Civil Veterinary Department. Madras. Admin. report 1926-33 - 1926-1933
Year: 1926
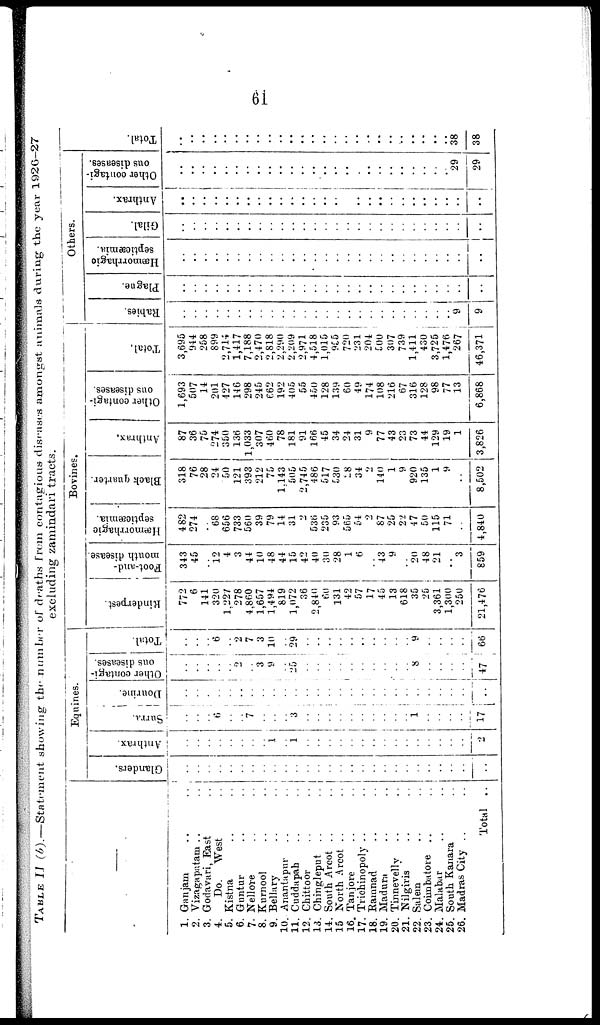
61
TABLE
II (b).—Statement showing the number of deaths from contagious diseases amongst animals during the year 1926—27
excluding zamindari tracts.
—
1. Gunjam .. ..
2. Vizagapsitam .. ..
3. Godavari, East ..
4.
Do. West
5. Kistna ..
6. Guntur .. ..
7. Nellore .. ..
8. Kurnool .. ..
9. Bellary .. ..
10. Anantapur .. ..
11. Cuddapah .. ..
12. Chittoor .. ..
13. Chingleput .. ..
14. South Arcot .. ..
15 North Arcot .. ..
16. Tanjore .. ..
17. Trichinopoly .. ..
18. Ramnad .. ..
19. Madura
20. Tinnevelly .. ..
21. Nilgiris .. ..
22. Salem
23. Coinabatore .. ..
24. Malabar
25. South Kanara ..
26. Madras City
Total ..
Equines.
Glanders.
..
..
..
..
..
..
..
..
..
..
..
..
..
..
..
..
..
..
..
..
..
..
..
..
..
..
..
Anthrax.
..
..
..
..
..
..
..
..
..
..
..
..
..
..
..
..
..
..
..
..
..
..
..
..
..
..
2
Surra.
..
..
..
6
..
..
7
..
..
..
3
..
..
..
..
..
..
..
..
..
.. 1
..
..
..
..
17
Dourine.
..
..
..
..
..
..
..
..
..
..
..
..
..
..
..
..
..
..
..
..
..
..
..
..
..
..
..
Other contagi-
ous diseases.
..
.. ..
..
..
2
..
3
9
..
25
..
..
..
..
..
..
..
..
..
..
8
..
..
..
..
47
Total.
..
..
..
6
..
2
7
3
10
..
29
..
..
..
..
..
..
..
..
..
.. 9
..
..
..
..
66
Bovines.
Rinderpest.
772
6
141
320
1,227
278
4,860
1,657
1,494
819
1,072
36
2,840
60
131
42
57
17
45
13
618
35
25
3,361
1,300
250
21,476
Foot-and-
mouth disease.
343
45
..
12
4
3
44
10
48
44
15
42
40
30
28
1
6
..
43
9
..
20
48
21
..
3
859
Hæmorrhagic
septioæmia.
482
274
..
"68
656
733
560
39
79
14
31
..
536
235
93
565
54
2
87
25
22
47
50
115
71
..
4,840
Black quarter.
318
76
28
24
50
121
393
212
75
1.143
505
2,745
486
517
530
28
34
2
140
1
9
920
135
1
9
..
8,502
Anthrax,
87
36
75
274
350
136
1,033
307
460
78
181
91
166
45
34
24
31
9
77
43
23
73
44
129
19
1
3,826
Other contagi-
ous diseases.
1,693
507
14
201
427
146
298
245
662
192
405
55
450
128
139
60
49
174
108
216
67
316
128
98
77
13
6,868
Total.
3,695
944
258
899
2,714
1,417
7,188
2,470
2,818
2,290
2,209
2,971
4,518
1,015
955
720
231
204
500
307
739
1,411
430
3,725
1,476
267
46,371
Others.
Rabies.
..
..
..
..
..
..
..
..
..
..
..
..
..
.. ..
..
..
..
..
..
..
..
..
..
.. ..
9
9
Plague.
..
..
..
..
..
..
..
..
..
..
..
..
..
..
..
..
..
..
..
..
..
..
..
..
..
..
..
Hæmorrhagic
septicæmia.
..
..
..
..
..
..
..
..
..
..
..
..
..
..
..
..
..
..
..
..
..
..
..
..
..
..
..
Gilal.
..
..
..
..
..
..
..
..
..
..
..
..
..
..
..
..
..
..
..
..
..
..
..
..
..
..
..
Anthrax.
..
..
..
..
..
..
..
..
..
..
..
..
..
..
..
..
..
..
..
..
..
..
..
..
..
Other contagi-
ous diseases.
..
..
..
..
..
..
..
..
..
..
..
..
..
..
..
..
..
..
..
..
..
..
..
..
..
29
29
Total.
..
..
..
..
..
..
..
..
..
..
..
..
..
..
..
..
..
..
..
..
..
..
..
..
..
38
38